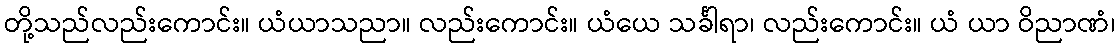
တို့သည်လည်းကောင်း။ ယံယာသညာ။ လည်းကောင်း။ ယံယေ သင်္ခါရာ၊ လည်းကောင်း။ ယံ ယာ ဝိညာဏံ၊